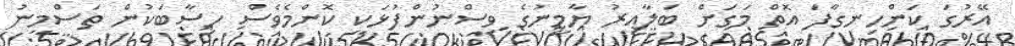
އޭރުގަ ކަންހިނގާފަ އޮތް މަގަށް ބަލާއިރު ޔާމީނުގެ ވިސްނުންފުޅަކީ ކޮންމެވެސް ހިސާބަކުން ތަސްމީނު